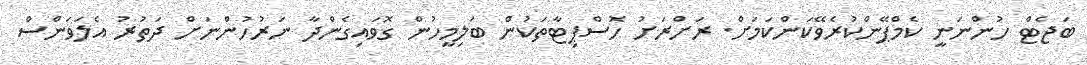
ބަޖެޓް ހުންނަނީ ކެމްޕޭންކުރެވޭކަންކަމަށް. ރަށްރަށު ހޮސްޕިޓާތަކުން ބަލިމީހުން ގޮވައިގެންދާ ނަރުހުންނަށް ދަތުރު އެލަވަންސް